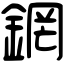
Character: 龬